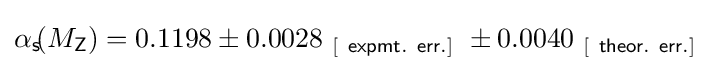
\alpha _{\mathsf {s}}\!\!\left(M_{\mathsf {Z}}\right)=0.1198\pm 0.0028{}_{\mathsf {\ [\ expmt.\ err.]\ }}\pm 0.0040{}_{\mathsf {\ [\ theor.\ err.]\ }}